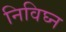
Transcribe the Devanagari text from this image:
निविघ्न